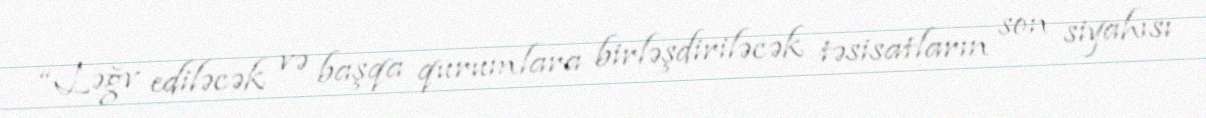
“Ləğv ediləcək və başqa qurumlara birləşdiriləcək təsisatların son siyahısı